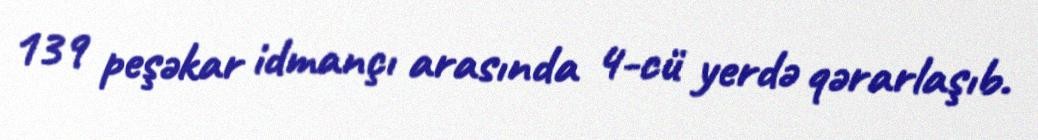
139 peşəkar idmançı arasında 4-cü yerdə qərarlaşıb.